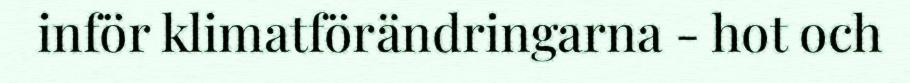
inför klimatförändringarna - hot och